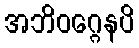
အဘိဝဂ္ဂေနပိ